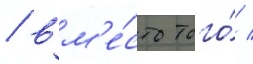
/ вм'е́сто того́ /